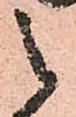
之